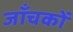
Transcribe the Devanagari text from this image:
जाँचकों